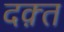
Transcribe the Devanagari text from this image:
दक़्त